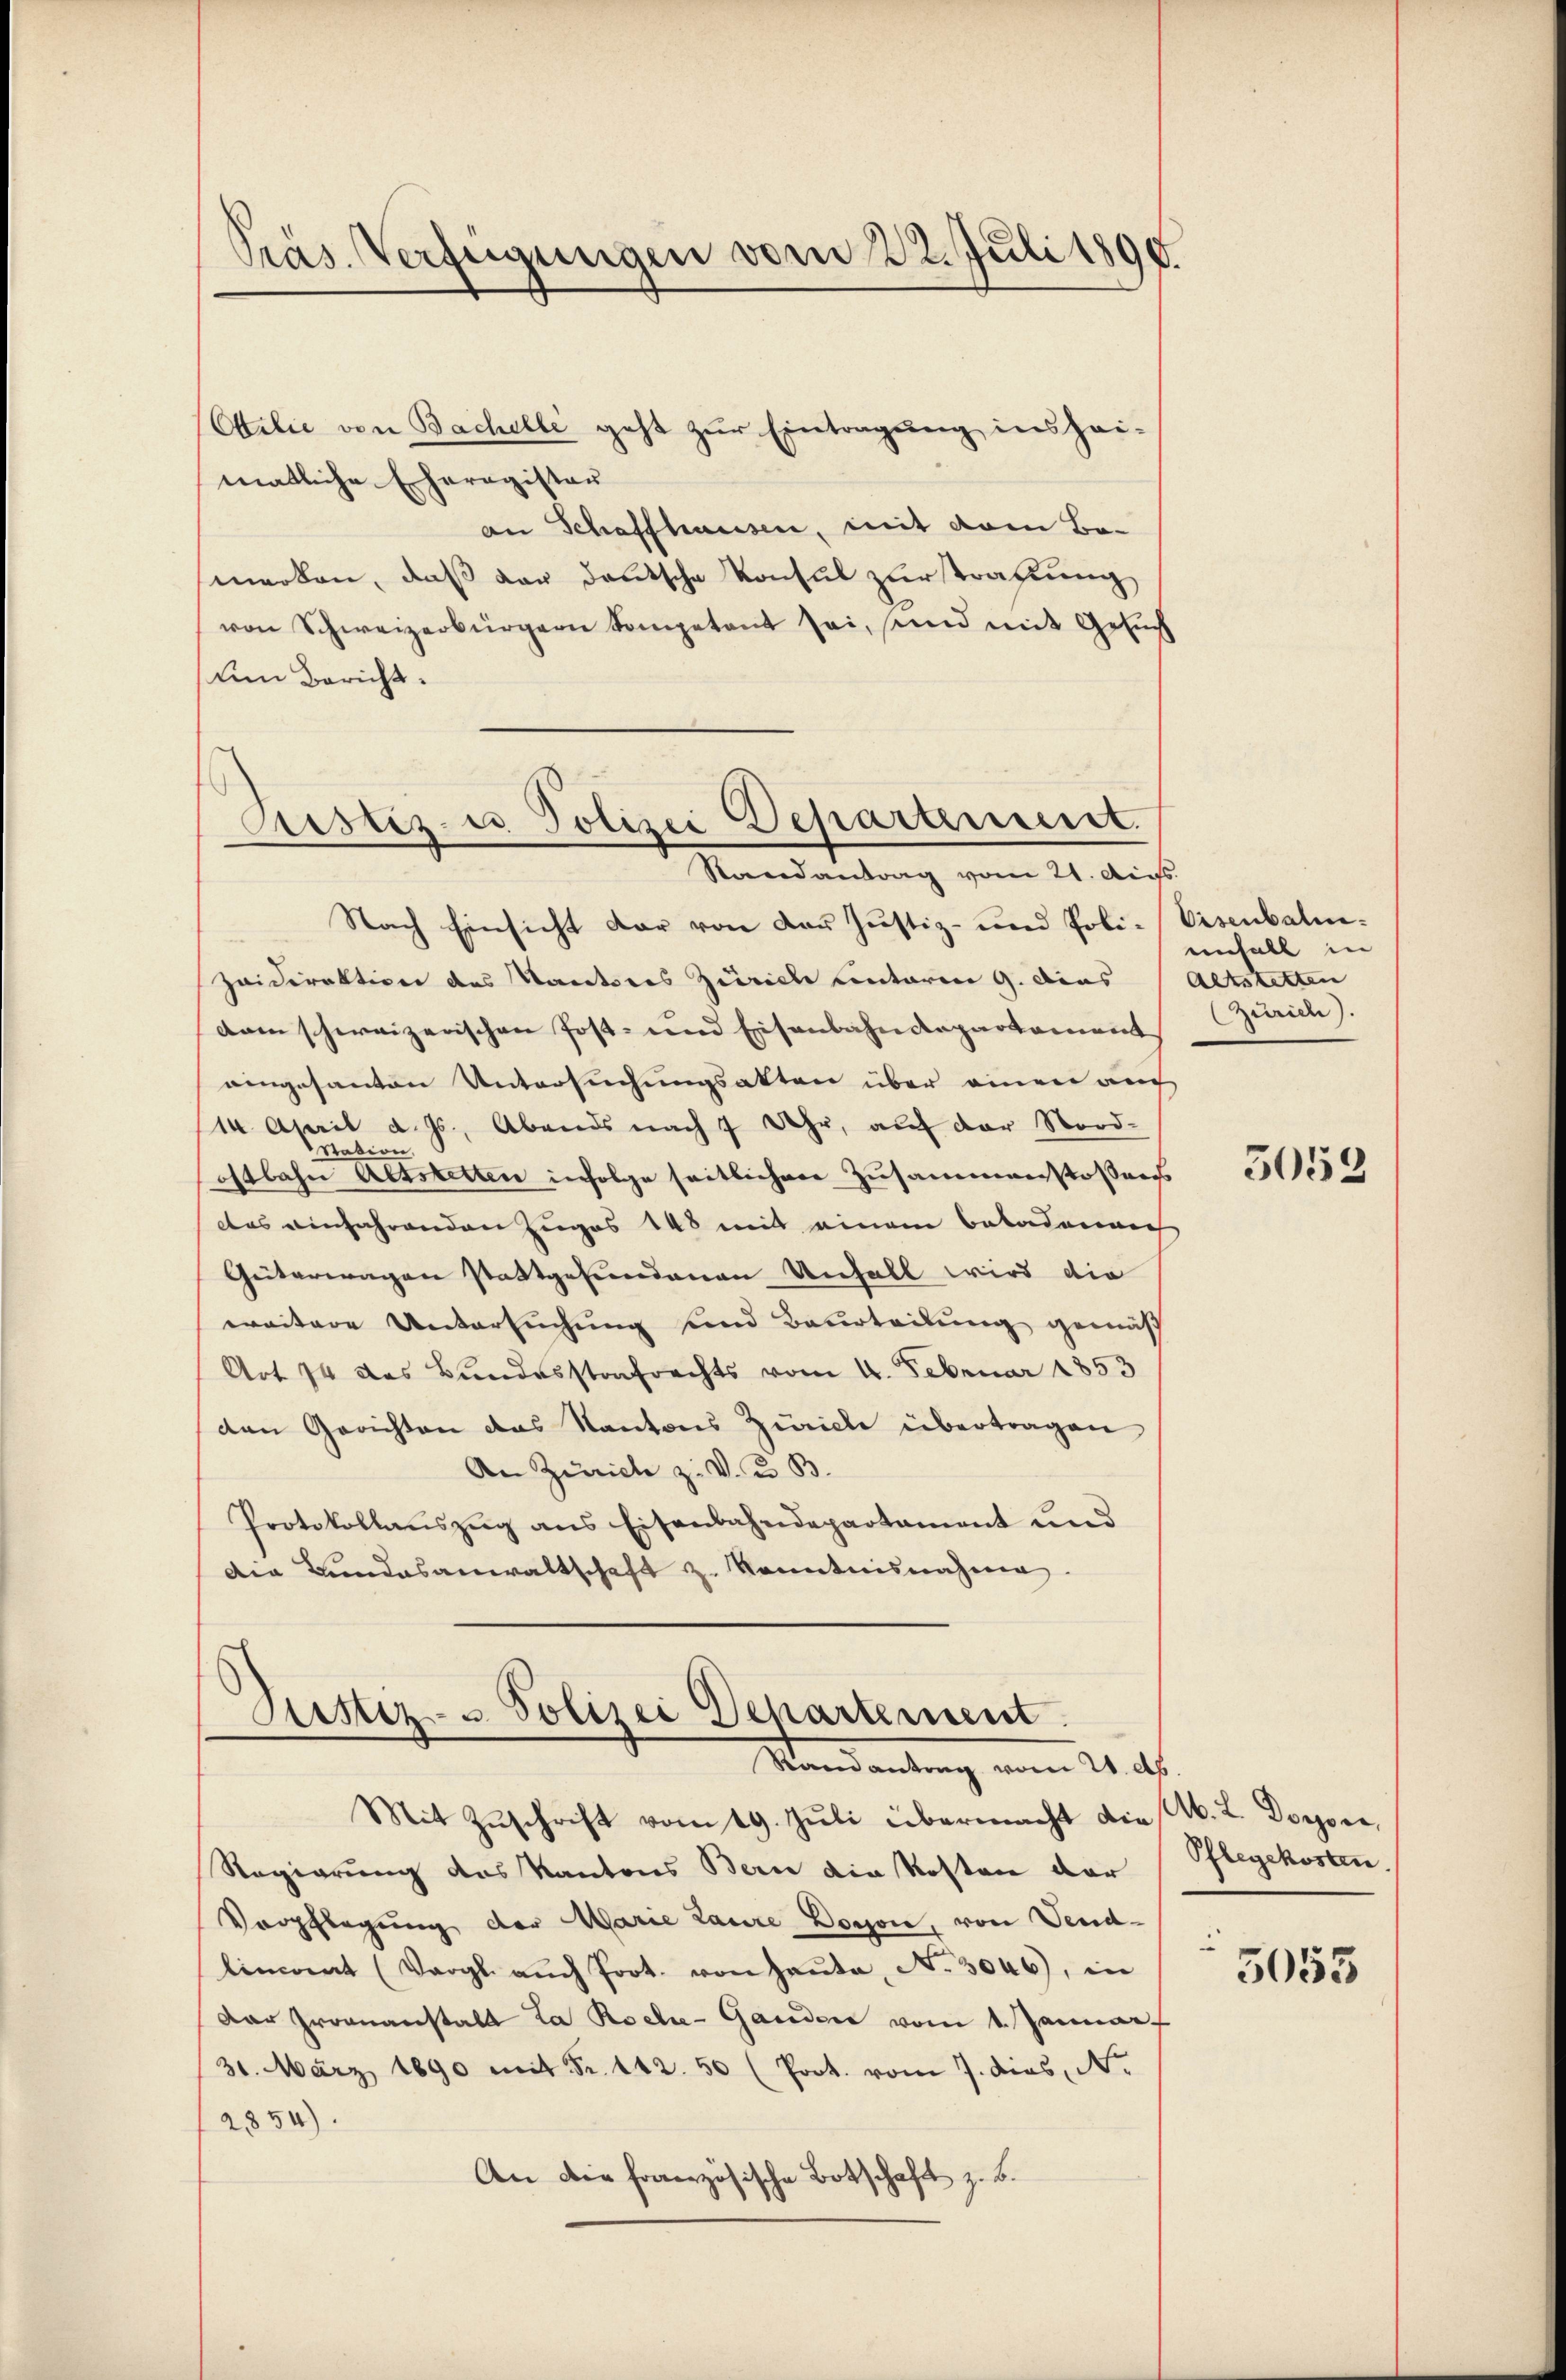
Präs. Verfügungen vom 22. Juli 1890.

Ottilie von Bachelle geht zur Eintragung inshei-
matliche Eheregister
an Schaffhausen, mit dem Bo-
merken, daß der deutsche Konsul zur strafung
von Schweizerbürgern kompetent sei, sind mit Gesŭch
Am Bericht.

Aristiz- u Polizei Departement.
Randantrag vom 21. Aus

Nach Einsicht dar von der Justiz- und Poli-Eisenbahnzeidirektion des Kantores Zürich unterm 9. Dies
dam schweizerischen Post- und Eisenbahndepartement |
eingesanten Untersuchungsakten über einen auch
14. April d. Js. Abends nach 7 Uhr, aŭf der Nord-
tasion.
ostbahn Altstetten infolge seitlichere Zusammenstossungs
das einfahrenden Zuges 148 mit einem Bakademich
Geiterwagen stattgefundenen Unfall wird die
weitere Untersuchung und Beurteilung gemäs
Art 14 des Bundesstrafrechts vom 4. Februar 1853
den Gerichten das Kantons Zürich übertragen
An Zürich z. V. u. B
Protokollauszug aus Eisenbahndepartament und
Die Bundesanwaltschaft z. Kenntnisnahmen.

Justiz- u Polizei Departement.
Mandantrag vom 21. ds.

Mit Zŭschrift vom 19. Jŭli übermacht die M. L. Dorsee,
Regierung des Kantons Bern die Kosten der
Verpflegung der Marie Laure Doron, von Vendlincorat (Vergl. aŭch Prot. von Haŭta, No. 3046), in
Dar Gromnanstalt La Roche- Ganden vom 1. Januar
31. März 1890 mit Fr. 142. 50 (Poct. vom 7. dies, No.
2854).
An die französische Botschaft z. B.

einfall in
Altstetten
(Zürich).

5059

Pflegekosten.

5053